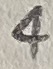
Text: 4